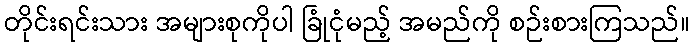
တိုင်းရင်းသား အများစုကိုပါ ခြုံငုံမည့် အမည်ကို စဉ်းစားကြသည်။